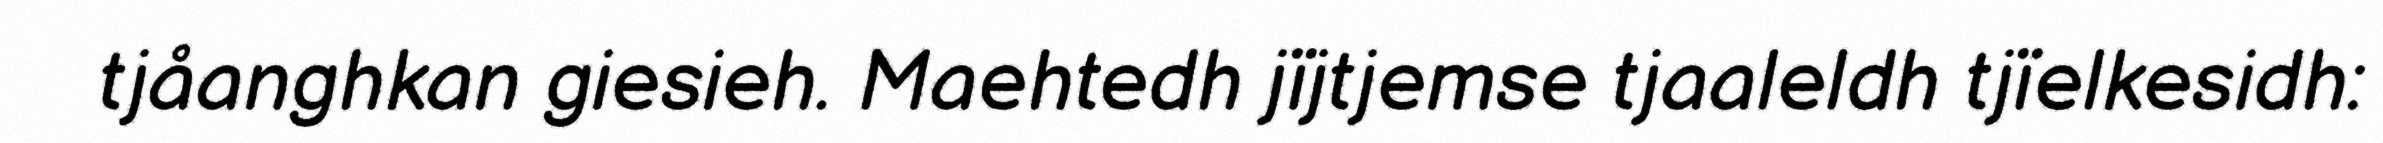
tjåanghkan giesieh. Maehtedh jïjtjemse tjaaleldh tjïelkesidh: